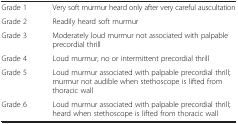
<table><thead><tr><td></td><td><b> </b></td></tr></thead><tbody><tr><td>Grade 1</td><td>Very soft murmur heard only after very careful auscultation</td></tr><tr><td>Grade 2</td><td>Readily heard soft murmur</td></tr><tr><td>Grade 3</td><td>Moderately loud murmur not associated with palpable precordial thrill</td></tr><tr><td>Grade 4</td><td>Loud murmur, no or intermittent precordial thrill</td></tr><tr><td>Grade 5</td><td>Loud murmur associated with palpable precordial thrill; murmur not audible when stethoscope is lifted from thoracic wall</td></tr><tr><td>Grade 6</td><td>Loud murmur associated with palpable precordial thrill; heard when stethoscope is lifted from thoracic wall</td></tr></tbody></table>